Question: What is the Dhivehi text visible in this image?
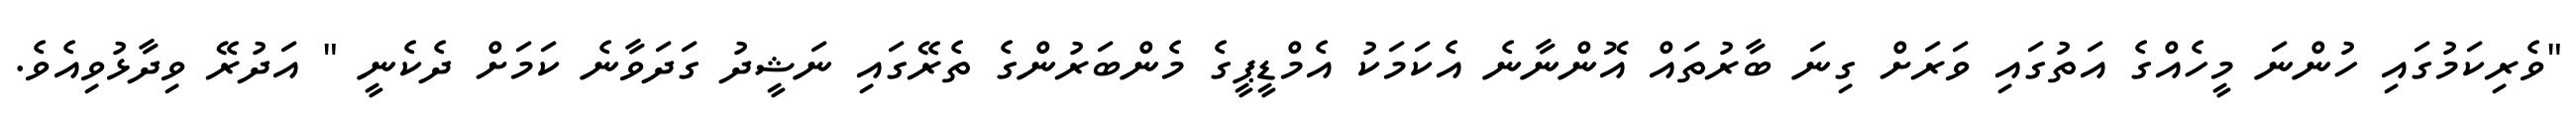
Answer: "ވެރިކަމުގައި ހުންނަ މީހެއްގެ އަތުގައި ވަރަށް ގިނަ ބާރުތައް އޮންނާނެ އެކަމަކު އެމްޑީޕީގެ މެންބަރުންގެ ތެރޭގައި ނަޝީދު ގަދަވާނެ ކަމަށް ދެކެނީ " އަދުރޭ ވިދާޅުވިއެވެ.